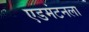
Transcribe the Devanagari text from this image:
एडमंटनला